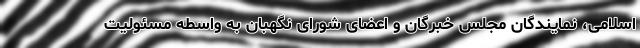
اسلامی، نمایندگان مجلس خبرگان و اعضای شورای نگهبان به واسطه مسئولیت